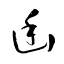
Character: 幽